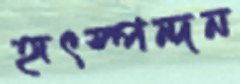
হৃৎস্পন্দন